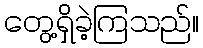
တွေ့ရှိခဲ့ကြသည်။